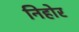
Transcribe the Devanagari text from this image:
निहोर